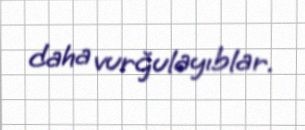
daha vurğulayıblar.